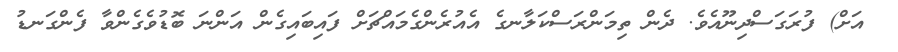
އަށް) ފުރަގަސްދިނޫއެވެ. ދެން ތިމަންރަސްކަލާނގެ އެއުރެންގެމައްޗަށް ފައިބައިގެން އަންނަ ބޮޑުވެގެންވާ ފެންގަނޑު